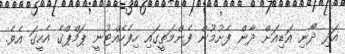
އަދި ދޯނި އަޑިއަށް ދާން ފެށުމުން ފެންމަތީގައި ހިފެހެއްޓުނީ ޕަމްޕްގެ އެހީގަ އެވެ.